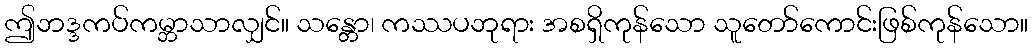
ဤဘဒ္ဒကပ်ကမ္ဘာသာလျှင်။ သန္တော၊ ကဿပဘုရား အစရှိကုန်သော သူတော်ကောင်းဖြစ်ကုန်သော။